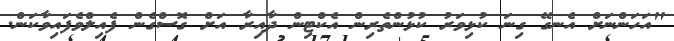
"އަހަންނަށް އެނގޭ ގިނަ ކުޅިވަރު ކުޅުންތެރިން އެކްޓިން ދާއިރާ އަށް ގޮސްގެން ފެއިލްވެފައިވާކަން.